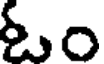
ఓం